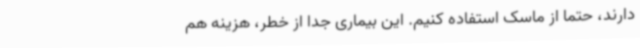
دارند، حتما از ماسک استفاده کنیم. این بیماری جدا از خطر، هزینه هم